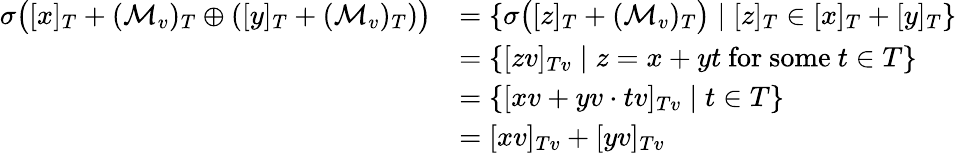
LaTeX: \begin{array}{rl}{\sigma\bigl([x]_{T}+(\mathcal{M}_{v})_{T}\oplus([y]_{T}+(\mathcal{M}_{v})_{T})\bigr)}&{=\{ \sigma\bigl([z]_{T}+(\mathcal{M}_{v})_{T}\bigr)\mid[z]_{T}\in[x]_{T}+[y]_{T}\} }\\ &{=\{ [zv]_{Tv}\mid z=x+yt\mathrm{~for~some~}t\in T\} }\\ &{=\{ [xv+yv\cdot tv]_{Tv}\mid t\in T\} }\\ &{=[xv]_{Tv}+[yv]_{Tv}}\end{array}